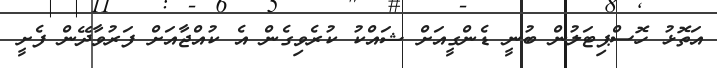
އަތޮޅު ހޮސްޕިޓަލުން ބުނީ ޑެންގީއަށް ޝައްކު ކުރެވިގެން އެ ކުއްޖާއަށް ފަރުވާދޭން ފެށީ